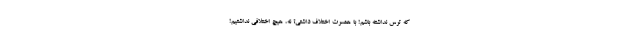
که ترس نداشته باشم! با همسرت اختلاف داشتی؟ نه، هیچ اختلافی نداشتیم!